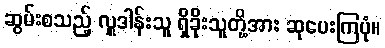
ဆွမ်းစသည့် လှူဒါန်းသူ ရှိခိုးသူတို့အား ဆုပေးကြပုံ။